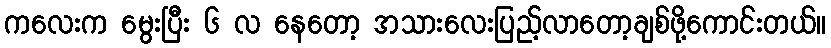
ကလေးက မွေးပြီး ၆ လ နေတော့ အသားလေးပြည့်လာတော့ချစ်ဖို့ကောင်းတယ်။